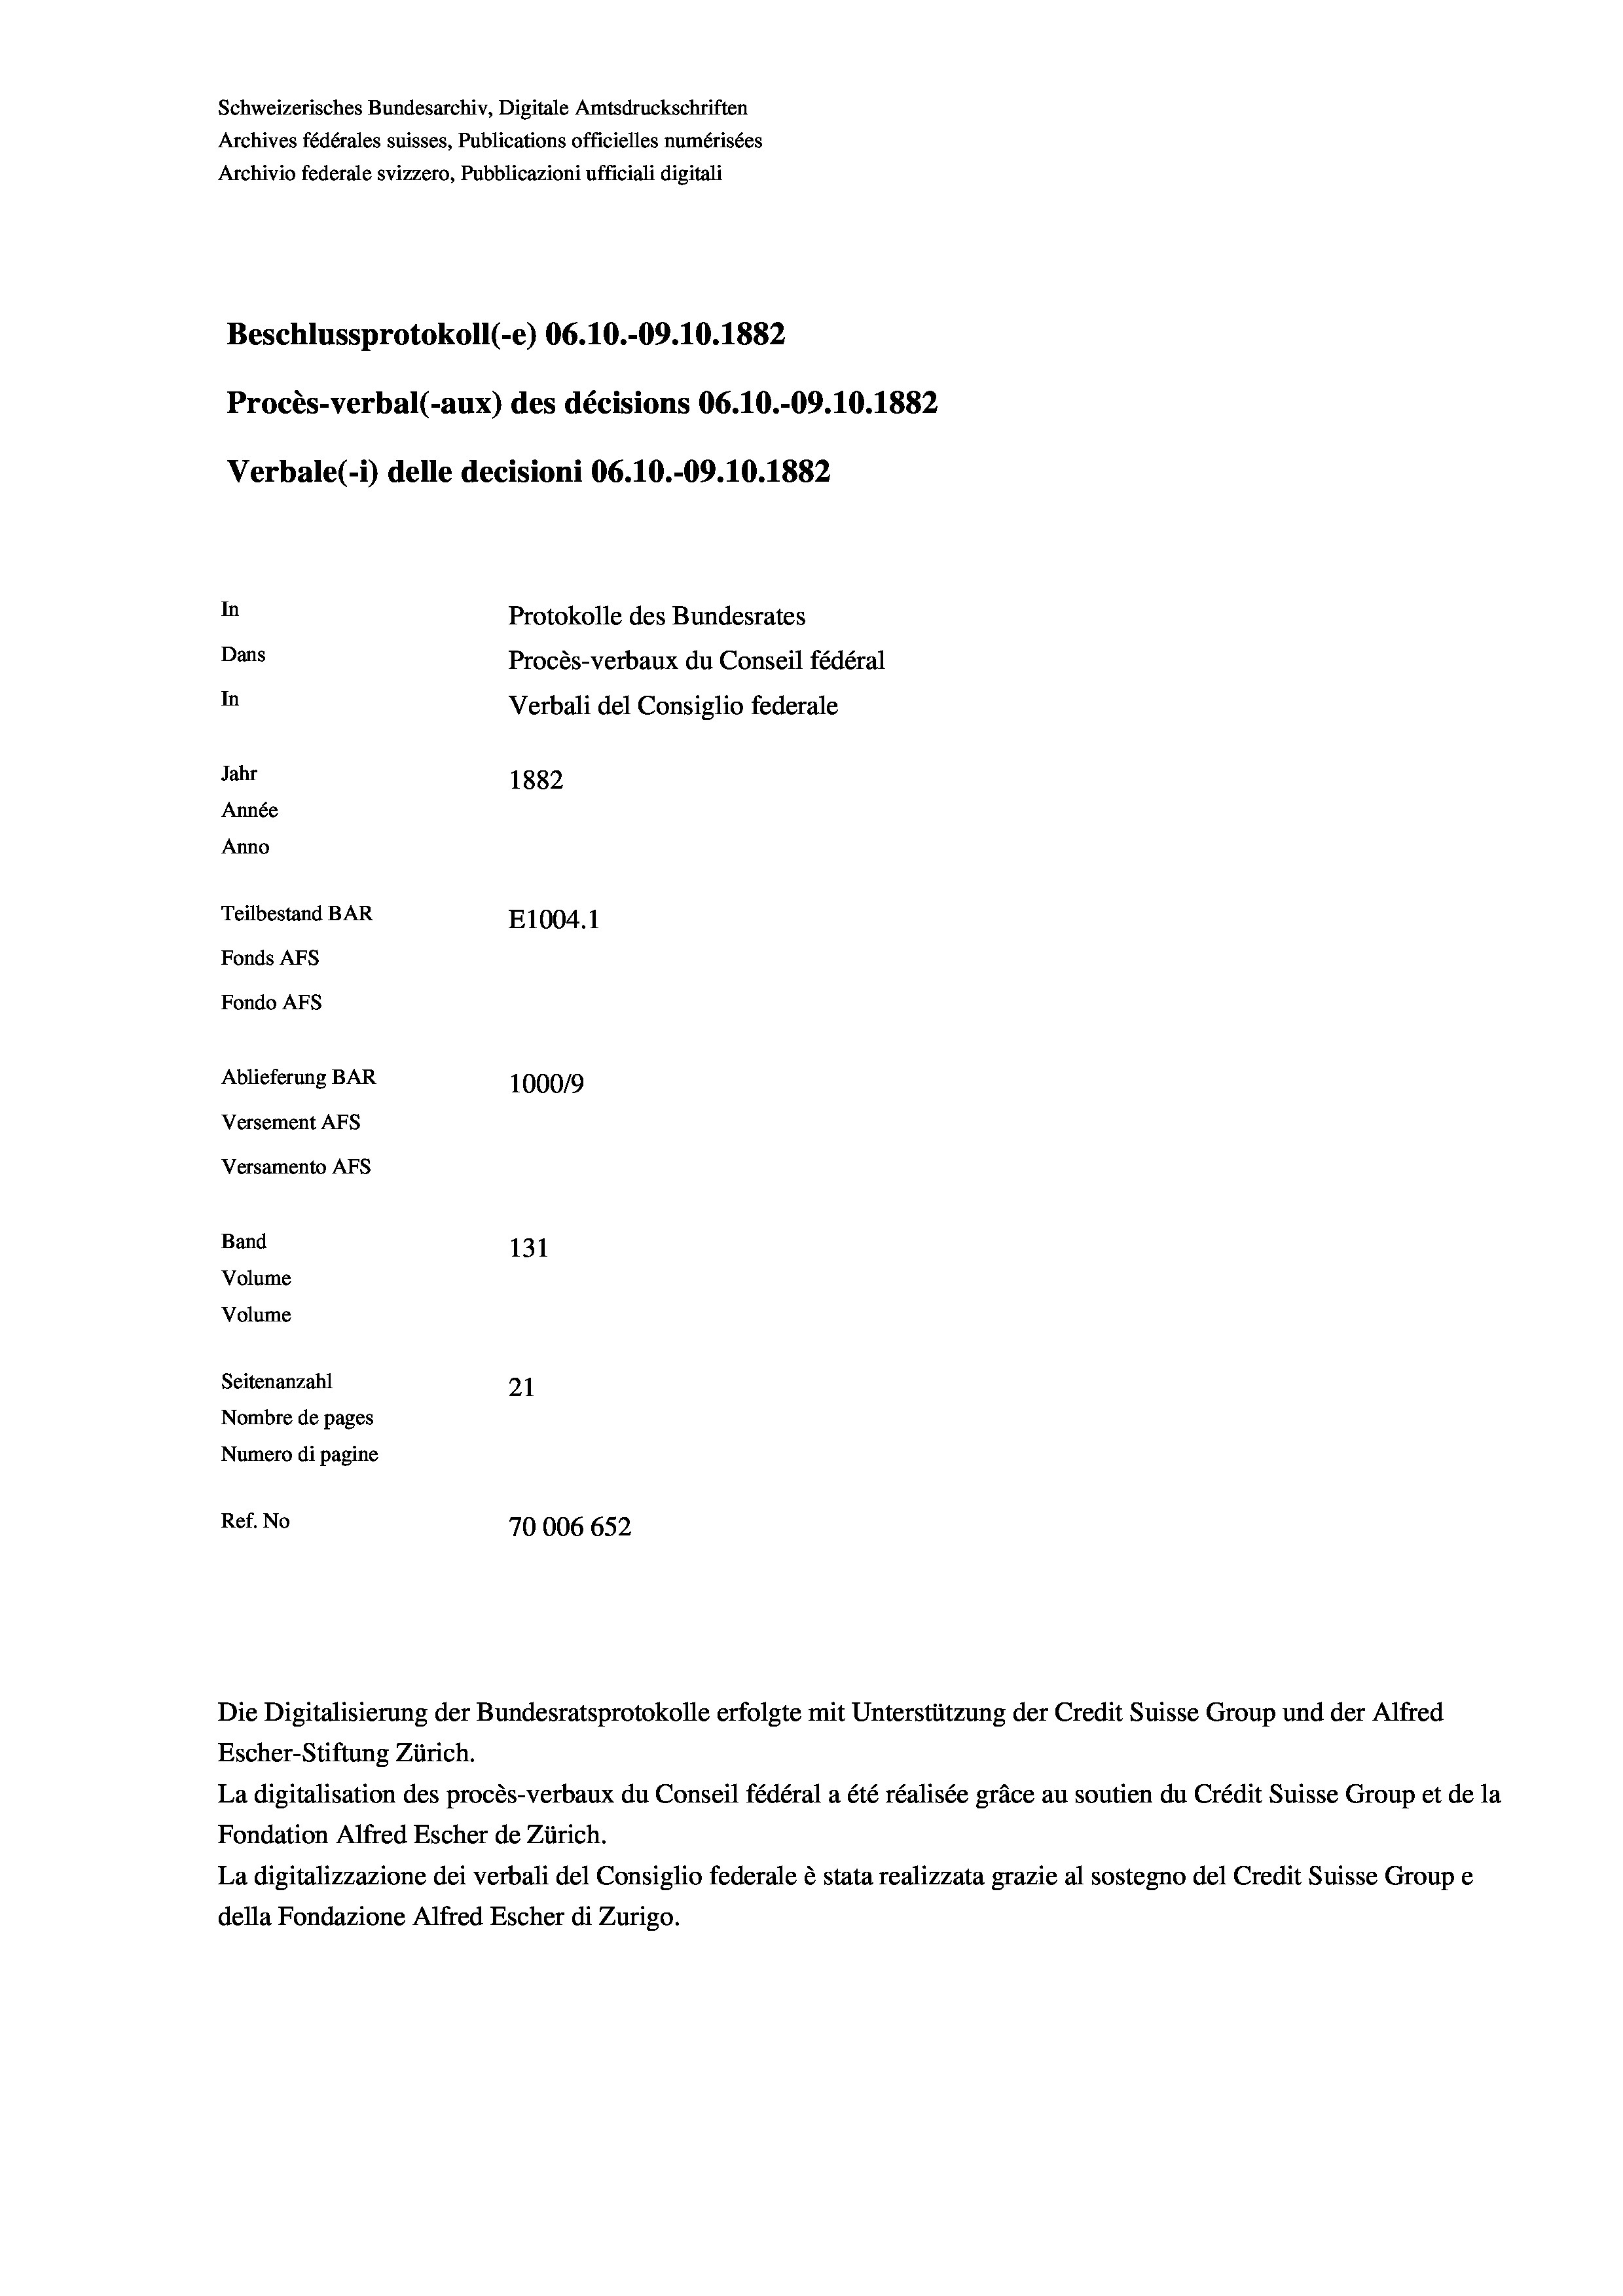
Schweizerisches Bundesarchiv, Digitale Amtsdruckschriften
Archives fédérales suisses, Publications officielles numérisées
Archivio federale svizzero, Pubblicazioni ufficiali digitali
Beschlussprotokoll (-e) 06.10.-09.10.1882
Procès-verbal (-aux) des décisions 06.10.-09.10.1882
Verbale (i) delle decisioni 06.10.-09.10.1882
In
Protokolle des Bundesrates
Dans
Procès-verbaux du Conseil fédéral
In
Verbali del Consiglio federale
Jahr
1882
Année
Anno
Teilbestand BAR
E1004. 1
Fonds AFs
Fondo Afs
Ablieferung BAR
100019
Versement AFs
Versamento Afs
Band
131
Volume
Volume
Seitenanzahl
21
Nombre de pages
Numero di pagine
Ref. No
70006 652

Escher-Stiftung Zürich.
La digitalisation des procès-verbaux du Conseil fédéral a été réalisée gräce au soutien du Crédit Suisse Group et de la
Fondation Alfred Escher de Zürich.
La digitalizzazione dei verbali del Consiglio federale è stata realizzata grazie al sostegno del Credit Suisse Groupe
della Fondazione Alfred Escher di Zurigo.

Die Digitalisierung der Bundesratsprotokolle erfolgte mit Unterstützung der Credit Suisse Group und der Alfred